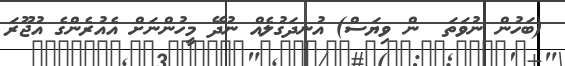
(ބަހުން ނުވަތަ  ން ވިޔަސް) އުނދަގުލެއް ނުދޭ މީހުންނަށް އެއުރެންގެ އުޖޫރަ